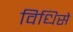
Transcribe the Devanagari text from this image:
विधिसे